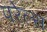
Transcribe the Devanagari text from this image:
परेल्स